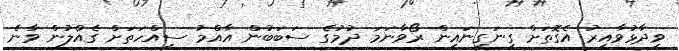
ވިދާޅުވާއިރު އެގޮތަށް ގިނަގިނައިން ރޯވާނަމަ ދުމުގެ ސަބަބުން އާއްމު ސިއްހަތަށް ގެއްލުން ވާނެ